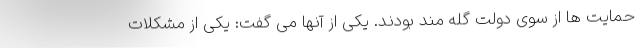
حمایت ها از سوی دولت گله مند بودند. یکی از آنها می گفت: یکی از مشکلات